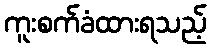
ကူးစက်ခံထားရသည့်